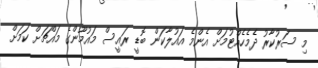
މި ސަރުކާރު ދެމެހެއްޓުމަށް އެންމެ އައުލާކަން ބޮޑީ ރައީސް މައުމޫންގެ މައްޗަށް ކަމަށް